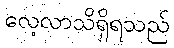
လေ့လာသိရှိရသည်